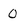
Character: 0